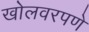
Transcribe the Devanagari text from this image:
खोलवरपणे